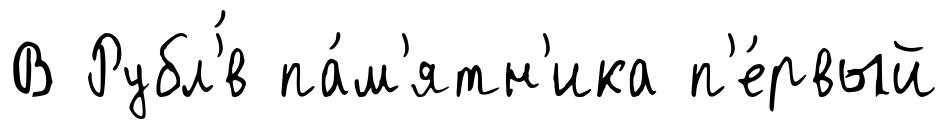
В Рубл'́в па́м'ятн'ика п'е́рвый